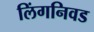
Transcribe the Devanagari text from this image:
लिंगनिवड